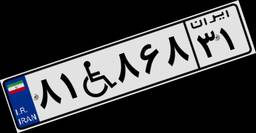
۰۹W۲۲۰۲۲